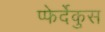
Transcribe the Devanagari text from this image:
प्फेर्देकुस